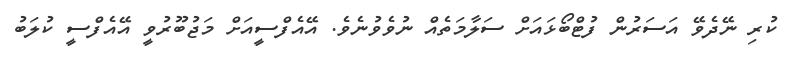
ކުރި ނޭދެވޭ އަސަރުން ފުޓްބޯޅައަށް ސަލާމަތެއް ނުވެވުނެވެ. އޭއެފްސީއަށް މަޖުބޫރުވީ އޭއެފްސީ ކުލަބު